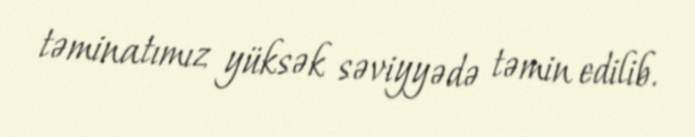
təminatımız yüksək səviyyədə təmin edilib.